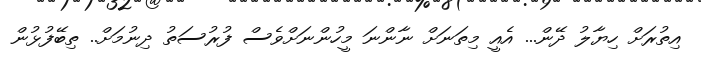
އިތުރަށް ހިޔާލު ދޭން... އެއީ މިތަނަށް ނާންނަ މީހުންނަށްވެސް ފުރުސަތު ދިނުމަށް.. ތިބޭފުޅުން